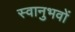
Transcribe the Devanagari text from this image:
स्वानुभवों